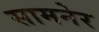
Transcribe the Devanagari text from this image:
सामनेर